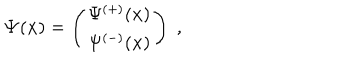
{ \bf \Psi } ( { \bf x } ) = \left( \begin{array} { c } { { \Psi ^ { ( + ) } ( { \bf x } ) } } \\ { { \Psi ^ { ( - ) } ( { \bf x } ) } } \\ \end{array} \right) \; ,